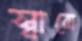
স্বারো